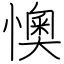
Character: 懊